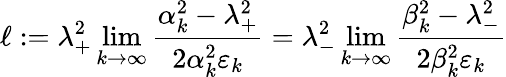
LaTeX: \ell:=\lambda_{+}^{2}\operatorname*{lim}_{k\to\infty}\frac{\alpha_{k}^{2}-\lambda_{+}^{2}}{2\alpha_{k}^{2}\varepsilon_{k}}=\lambda_{-}^{2}\operatorname*{lim}_{k\to\infty}\frac{\beta_{k}^{2}-\lambda_{-}^{2}}{2\beta_{k}^{2}\varepsilon_{k}}